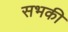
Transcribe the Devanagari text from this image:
सभकी